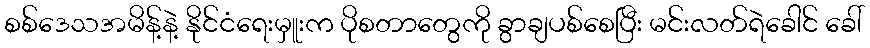
စစ်ဒေသအမိန့်နဲ့ နိုင်ငံရေးမှူးက ပိုစတာတွေကို ခွာချပစ်စေပြီး မင်းလတ်ရဲခေါင် ခေါ်